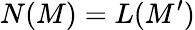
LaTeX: N(M)=L(M^{\prime})